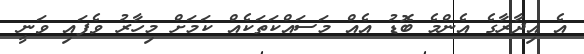
އެ އިދާރާގެ އެންމެ ބޮޑު އެއް މަސައްކަތަކެއް ކަމަށް މިހާރު ވެފައި ވަނީ